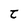
Character: t